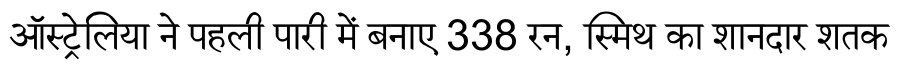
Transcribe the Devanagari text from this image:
ऑस्ट्रेलिया ने पहली पारी में बनाए 338 रन, स्मिथ का शानदार शतक